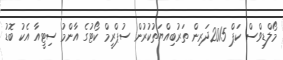
މޯލްޑިވްސް ކަޕް 2015ދަރިން ތަރުބިއްޔަތުކުރުން ސުޕްރީމް ކޯޓުގެ އާންމު ސިޓީއާ އެކު ބޮޑު